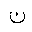
Letter: _non